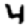
Digit: 4